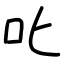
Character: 叱